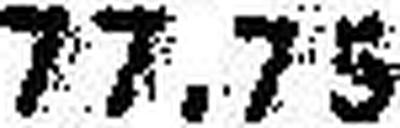
77.75